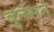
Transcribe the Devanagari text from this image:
बुनसन